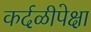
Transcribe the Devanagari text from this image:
कर्दळीपेक्षा